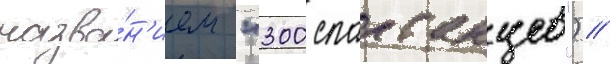
назва́н'ием "300 спартанцев") //